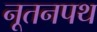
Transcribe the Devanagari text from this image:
नूतनपथ